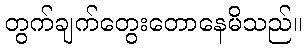
တွက်ချက်တွေးတောနေမိသည်။